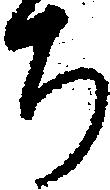
ち